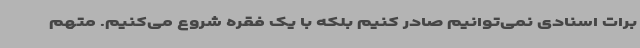
برات اسنادی نمی‌توانیم صادر کنیم بلکه با یک فقره شروع می‌کنیم. متهم